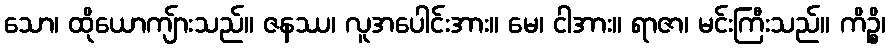
သော၊ ထိုယောကျ်ားသည်။ ဇနဿ၊ လူအပေါင်းအား။ မေ၊ ငါအား။ ရာဇာ၊ မင်းကြီးသည်။ ကိဉ္စိ၊